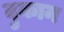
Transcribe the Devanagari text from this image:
दुकान